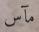
مآس